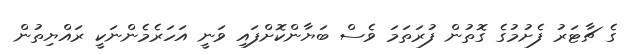
ގެ ޗާޓަރު ފެށުމުގެ ގޮތުން ފުރަތަމަ ވެސް ބަޔާންކޮށްފައި ވަނީ އަހަރެމެންނަކީ ރައްޔިތުން